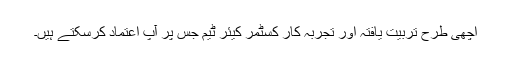
اچھی طرح تربیت یافتہ اور تجربہ کار کسٹمر کیئر ٹیم جس پر آپ اعتماد کرسکتے ہیں۔